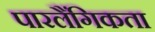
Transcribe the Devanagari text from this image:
पारलैंगिकता